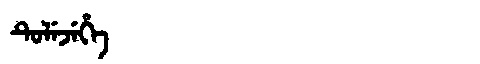
Manchu: ᡨᡠᠯᡝᠵᡝᡥᡝ
Romanization: TULEJEHE